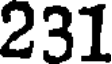
231